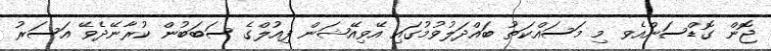
ޖޮން ގޮޑްސަންއެވ މި މަސައްކަތު ބައްދަލުވުމުގައި އޭވިއޭޝަން ފިއުލްގެ ސަބަބުން ކުރާނޭދެވޭ އަސަރު